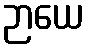
ဉာယေ